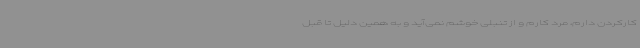
کارکردن دارم، مرد کارم و از تنبلی خوشم نمی‌آید و به همین دلیل تا قبل